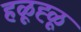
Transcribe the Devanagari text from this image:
हळूह्ळू